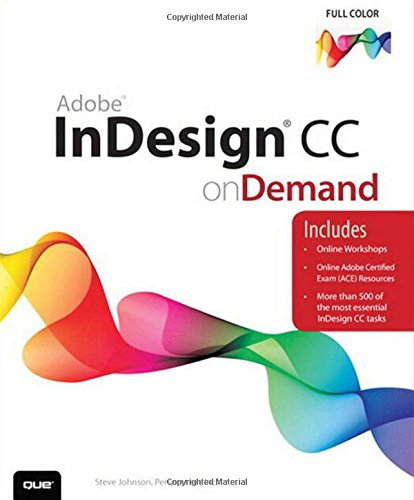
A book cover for Adobe InDesign CC on Demand; Perspection Inc.; Computers & Technology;